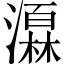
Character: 𪷩